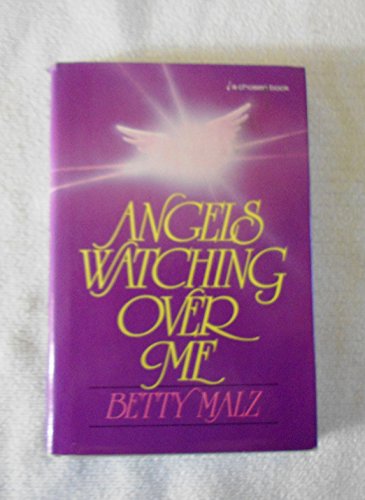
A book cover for Angels Watching over Me; Betty Malz; Christian Books & Bibles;